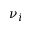
\nu _ { i }